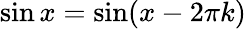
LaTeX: \sin x=\sin(x-2\pi k)